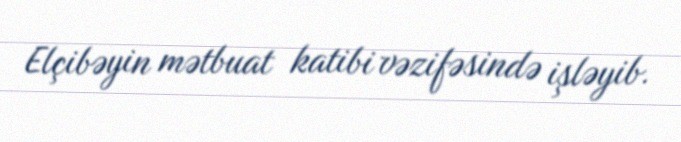
Elçibəyin mətbuat katibi vəzifəsində işləyib.